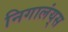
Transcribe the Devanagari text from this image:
निगालंय्‌स